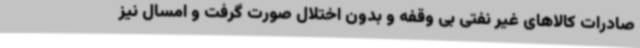
صادرات کالاهای غیر نفتی بی وقفه و بدون اختلال صورت گرفت و امسال نیز